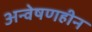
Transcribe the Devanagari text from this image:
अन्वेषणहीन